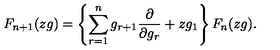
F _ { n + 1 } ( z g ) = \left\{ \sum _ { r = 1 } ^ { n } g _ { r + 1 } \frac { \partial } { \partial g _ { r } } + z g _ { 1 } \right\} F _ { n } ( z g ) .